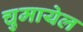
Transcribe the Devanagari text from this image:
चुमायेल